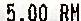
5.00 RM